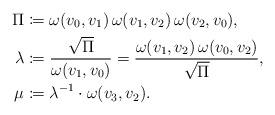
LaTeX: \begin{align*} \Pi &\coloneqq \omega(v_0,v_1) \, \omega(v_1,v_2) \, \omega(v_2,v_0), \\ \lambda &\coloneqq \frac{\sqrt{\Pi}}{\omega(v_1,v_0)} = \frac{\omega(v_1,v_2) \, \omega(v_0,v_2)}{\sqrt{\Pi}}, \\\mu &\coloneqq \lambda^{-1} \cdot \omega(v_3,v_2).\end{align*}